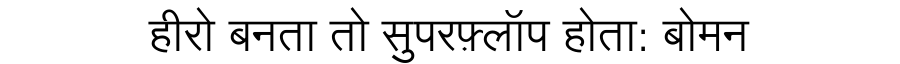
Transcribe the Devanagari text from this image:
हीरो बनता तो सुपरफ़्लॉप होता: बोमन